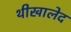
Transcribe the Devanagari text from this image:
थीखालेद